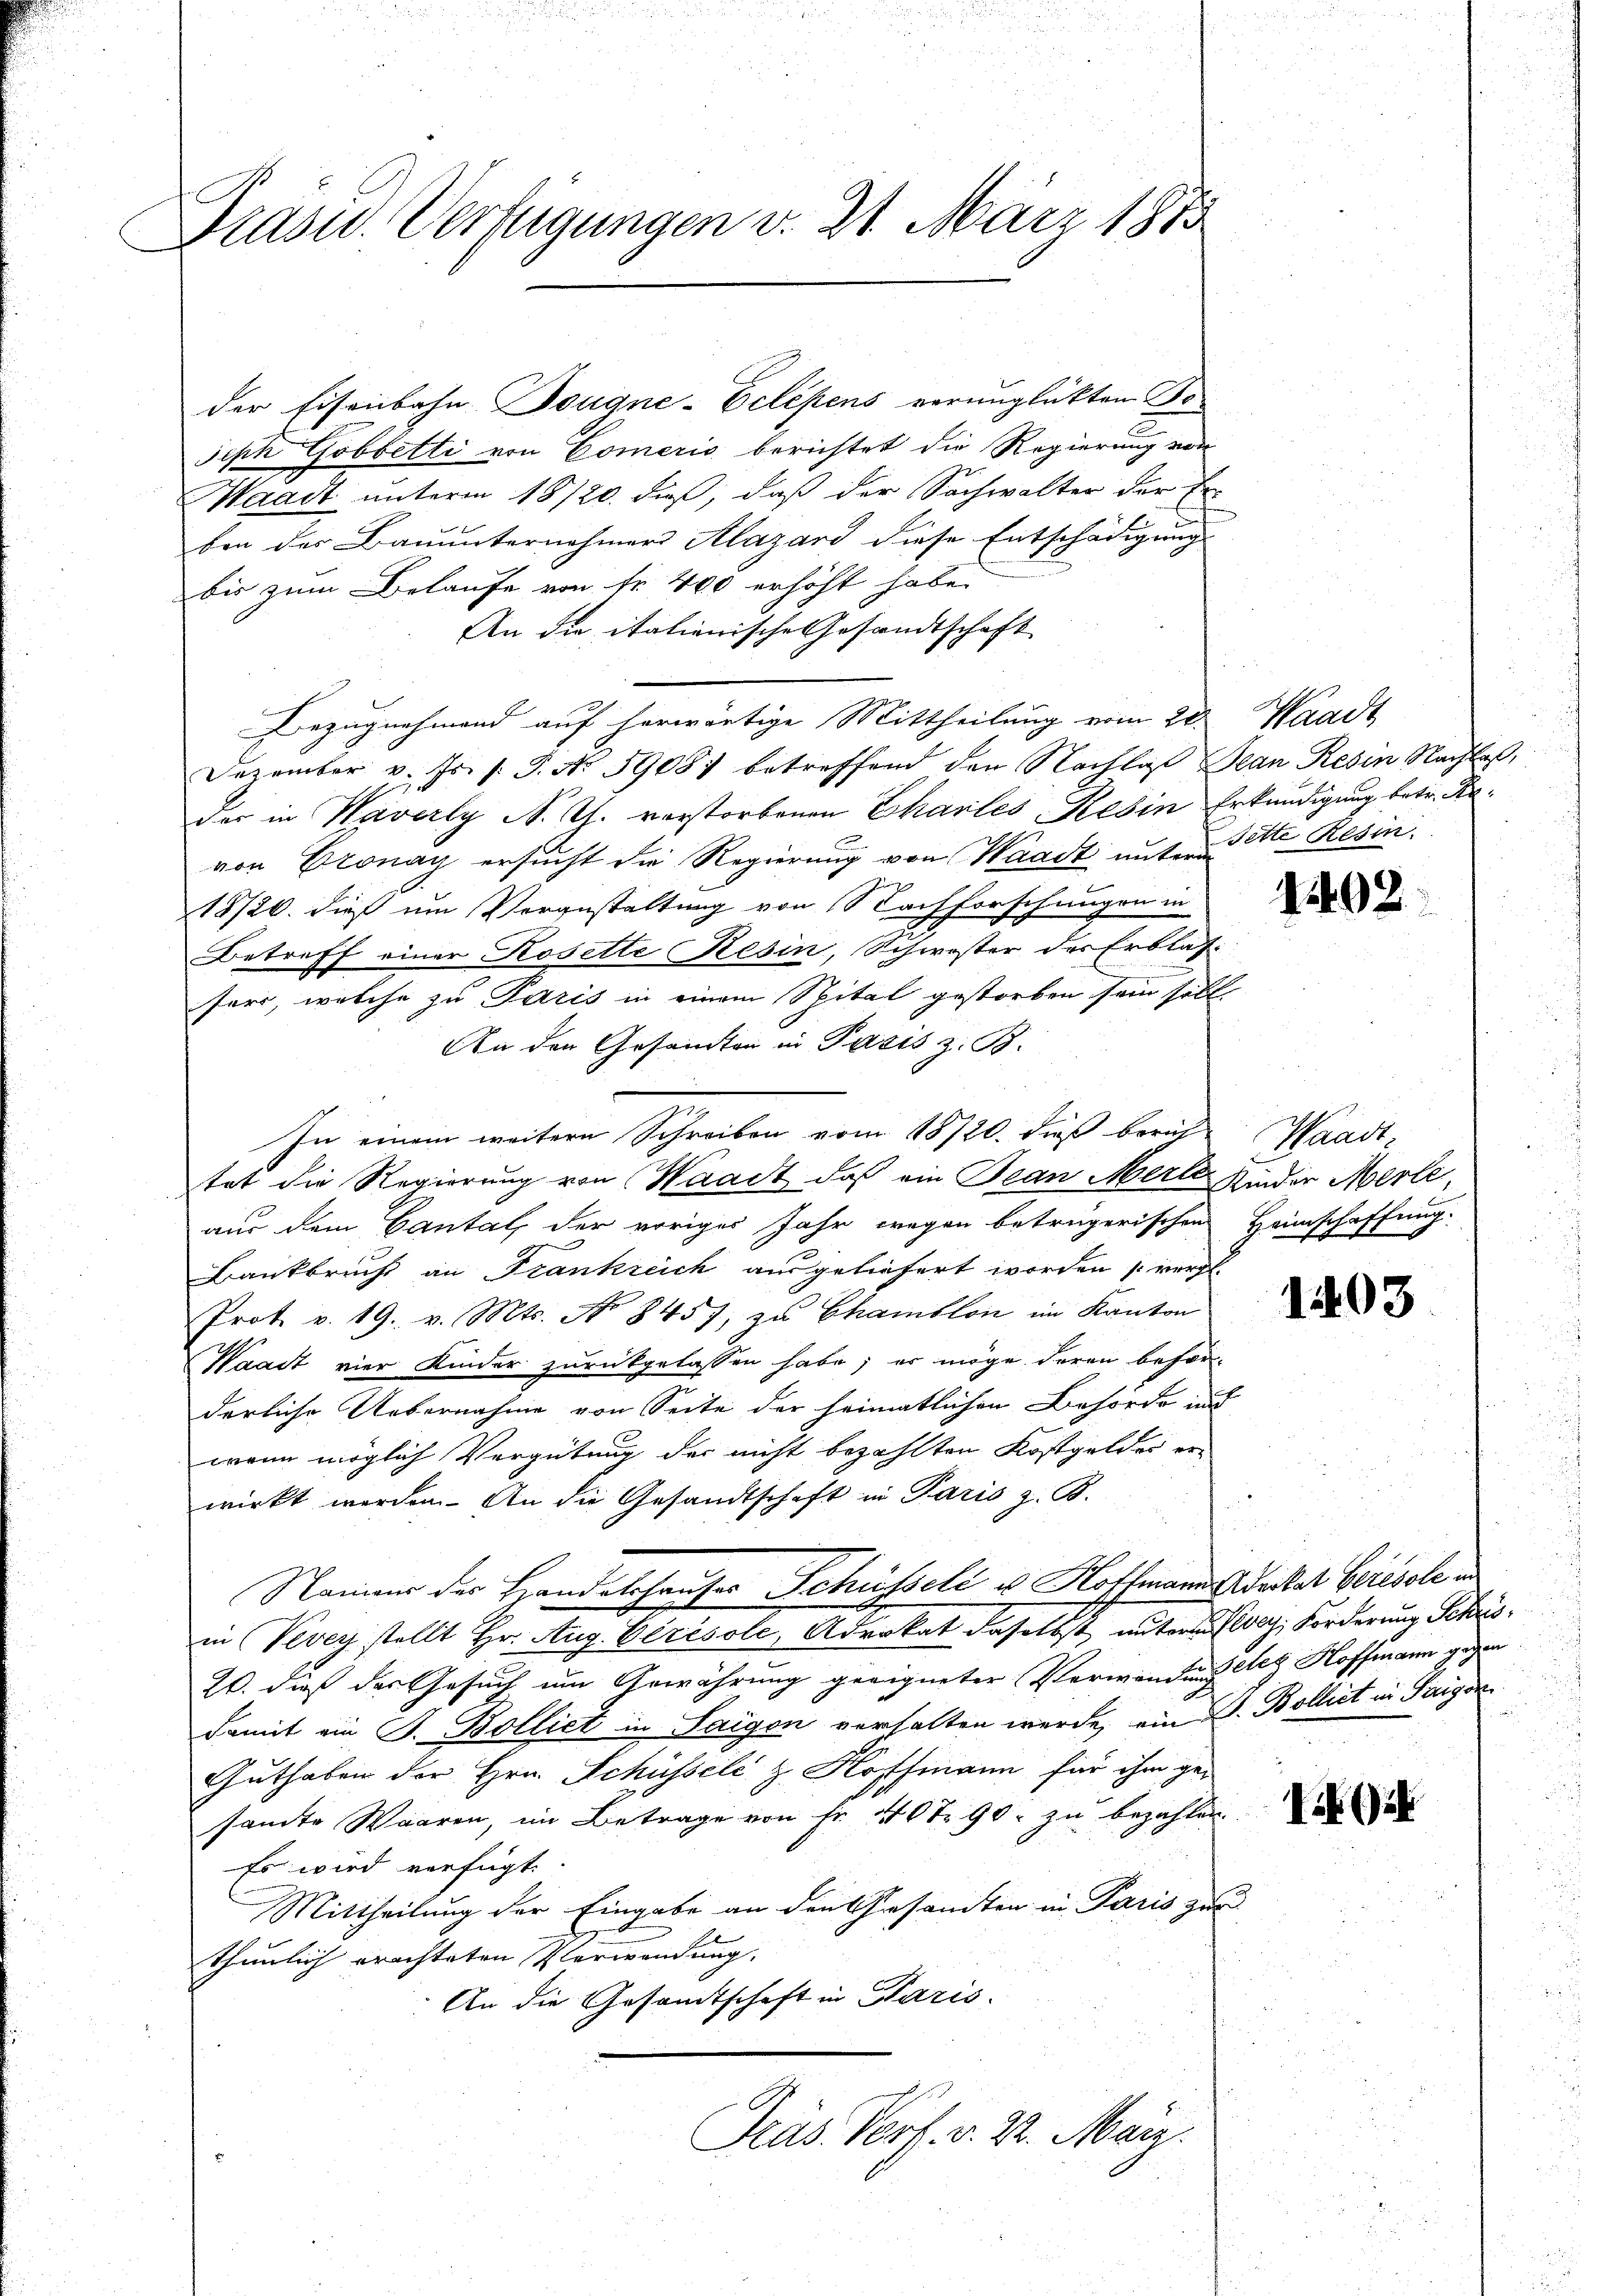
e
Präsid.. Verfügungen v. 21. März 1873

Seph Gobbetti von Comeris berichtet die Regierung von
Waadt unterm 18/20. dieß, daß der Sachwalter der Er-
ben der Bauunternehmers Alazard diese Entschädigung
bis zum Belaufe von fr. 400 erhöht habe.
An die italienische Gesandtschaft
Bezugnehmend auf herwärtige Mittheilung vom 28. Waadt,
Dezember v. Js. s. S. No 19081 betreffend den Nachlaβ Jean Resin Nachlaß,
der in Haverly N. Z. verstorbenen Chartes Resin Erkundigung betr. Rovon Bronay ersucht die Regierung von Waadt unter Sitte Resin
18/26. dieß um Vorgestaltung von Nachforschungen in
Betreff einer Rosette Resin, Schwester des Erblas-
sers, welche zu Paris in einem Spital gestorben sein soll
An den Gesandten in Paris z. B.
In einem weitere Schreiben vom 18720. dieß beruhe
tat die Regierung von Waadt, daß ein Jean Merl Kinder Merle,
aus dem Cantal, der voriges Jahr wegen betrügerischen Heimschaffung.
Bankbrucht an Frankreich ausgeliefert worden (vergl.
Prot. v. 19. v. Mts. No 8457, zu Chamblon im Kanton
Waadt vier Kinder zurückgelassen habe; er möge deren beförderliche Uebernahme von Seite der heimatlichen Behörde ich
wenn möglich Vergütung der nicht bezahlten Kostgeldes erwirkt werden. An die Gesandtschaft in Paris z. B.
Namens der Handelshauser Schüsseli u. Hoffmanns starket Berisole und
in (Vevey stellt Hr. Aug. Verésole, Advokat daselbst untere Forderung Schris¬
20. dieß der Gesuch um Gewährung geeigneter Verwendung des Hoffmann gegen
damit ein J. Bolliet in Saigen verhalten werde, ein D. Bolliet in Trigor
Guthaben der Hrn. Schüssele z. Hoffmann für ihm gesamte Waaren, im Betrage von Fr. 40 t 90 zu bezahlen.
Es wird verfügt:
Mittheilung der Eingabe an den Gesamten in Paris zur
thunlich erachteten Plerwendung. |
An die Gesandtschaft in Paris.

der Eisenbahn Bougne-Eclépens verunglükten Be¬

Präs. Verf. v. 22. Marz

1492

Waad

103

i (14